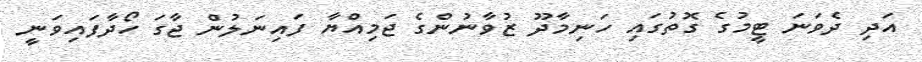
އަދި ދެވަނަ ޓީމުގެ ގޮތުގައި ހަނިމާދޫ ޒުވާނުންގެ ޖަމިއްޔާ ފައިނަލުން ޖާގަ ހޯދާފައިވަނީ